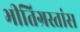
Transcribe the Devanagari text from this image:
भीतिग्रस्तांस